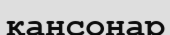
қансонар